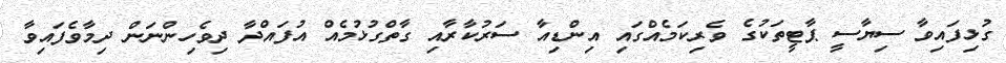
ގުޅިފައިވާ ސިޔާސީ ޕާޓީތަކުގެ ވެރިކަމެއްގައި އިންޑިއާ ސަރުކާރާއި ގާތްގުޅުމެއް އުފައްދާ ދިވެހިންނަން ދިމާވެފައިވާ